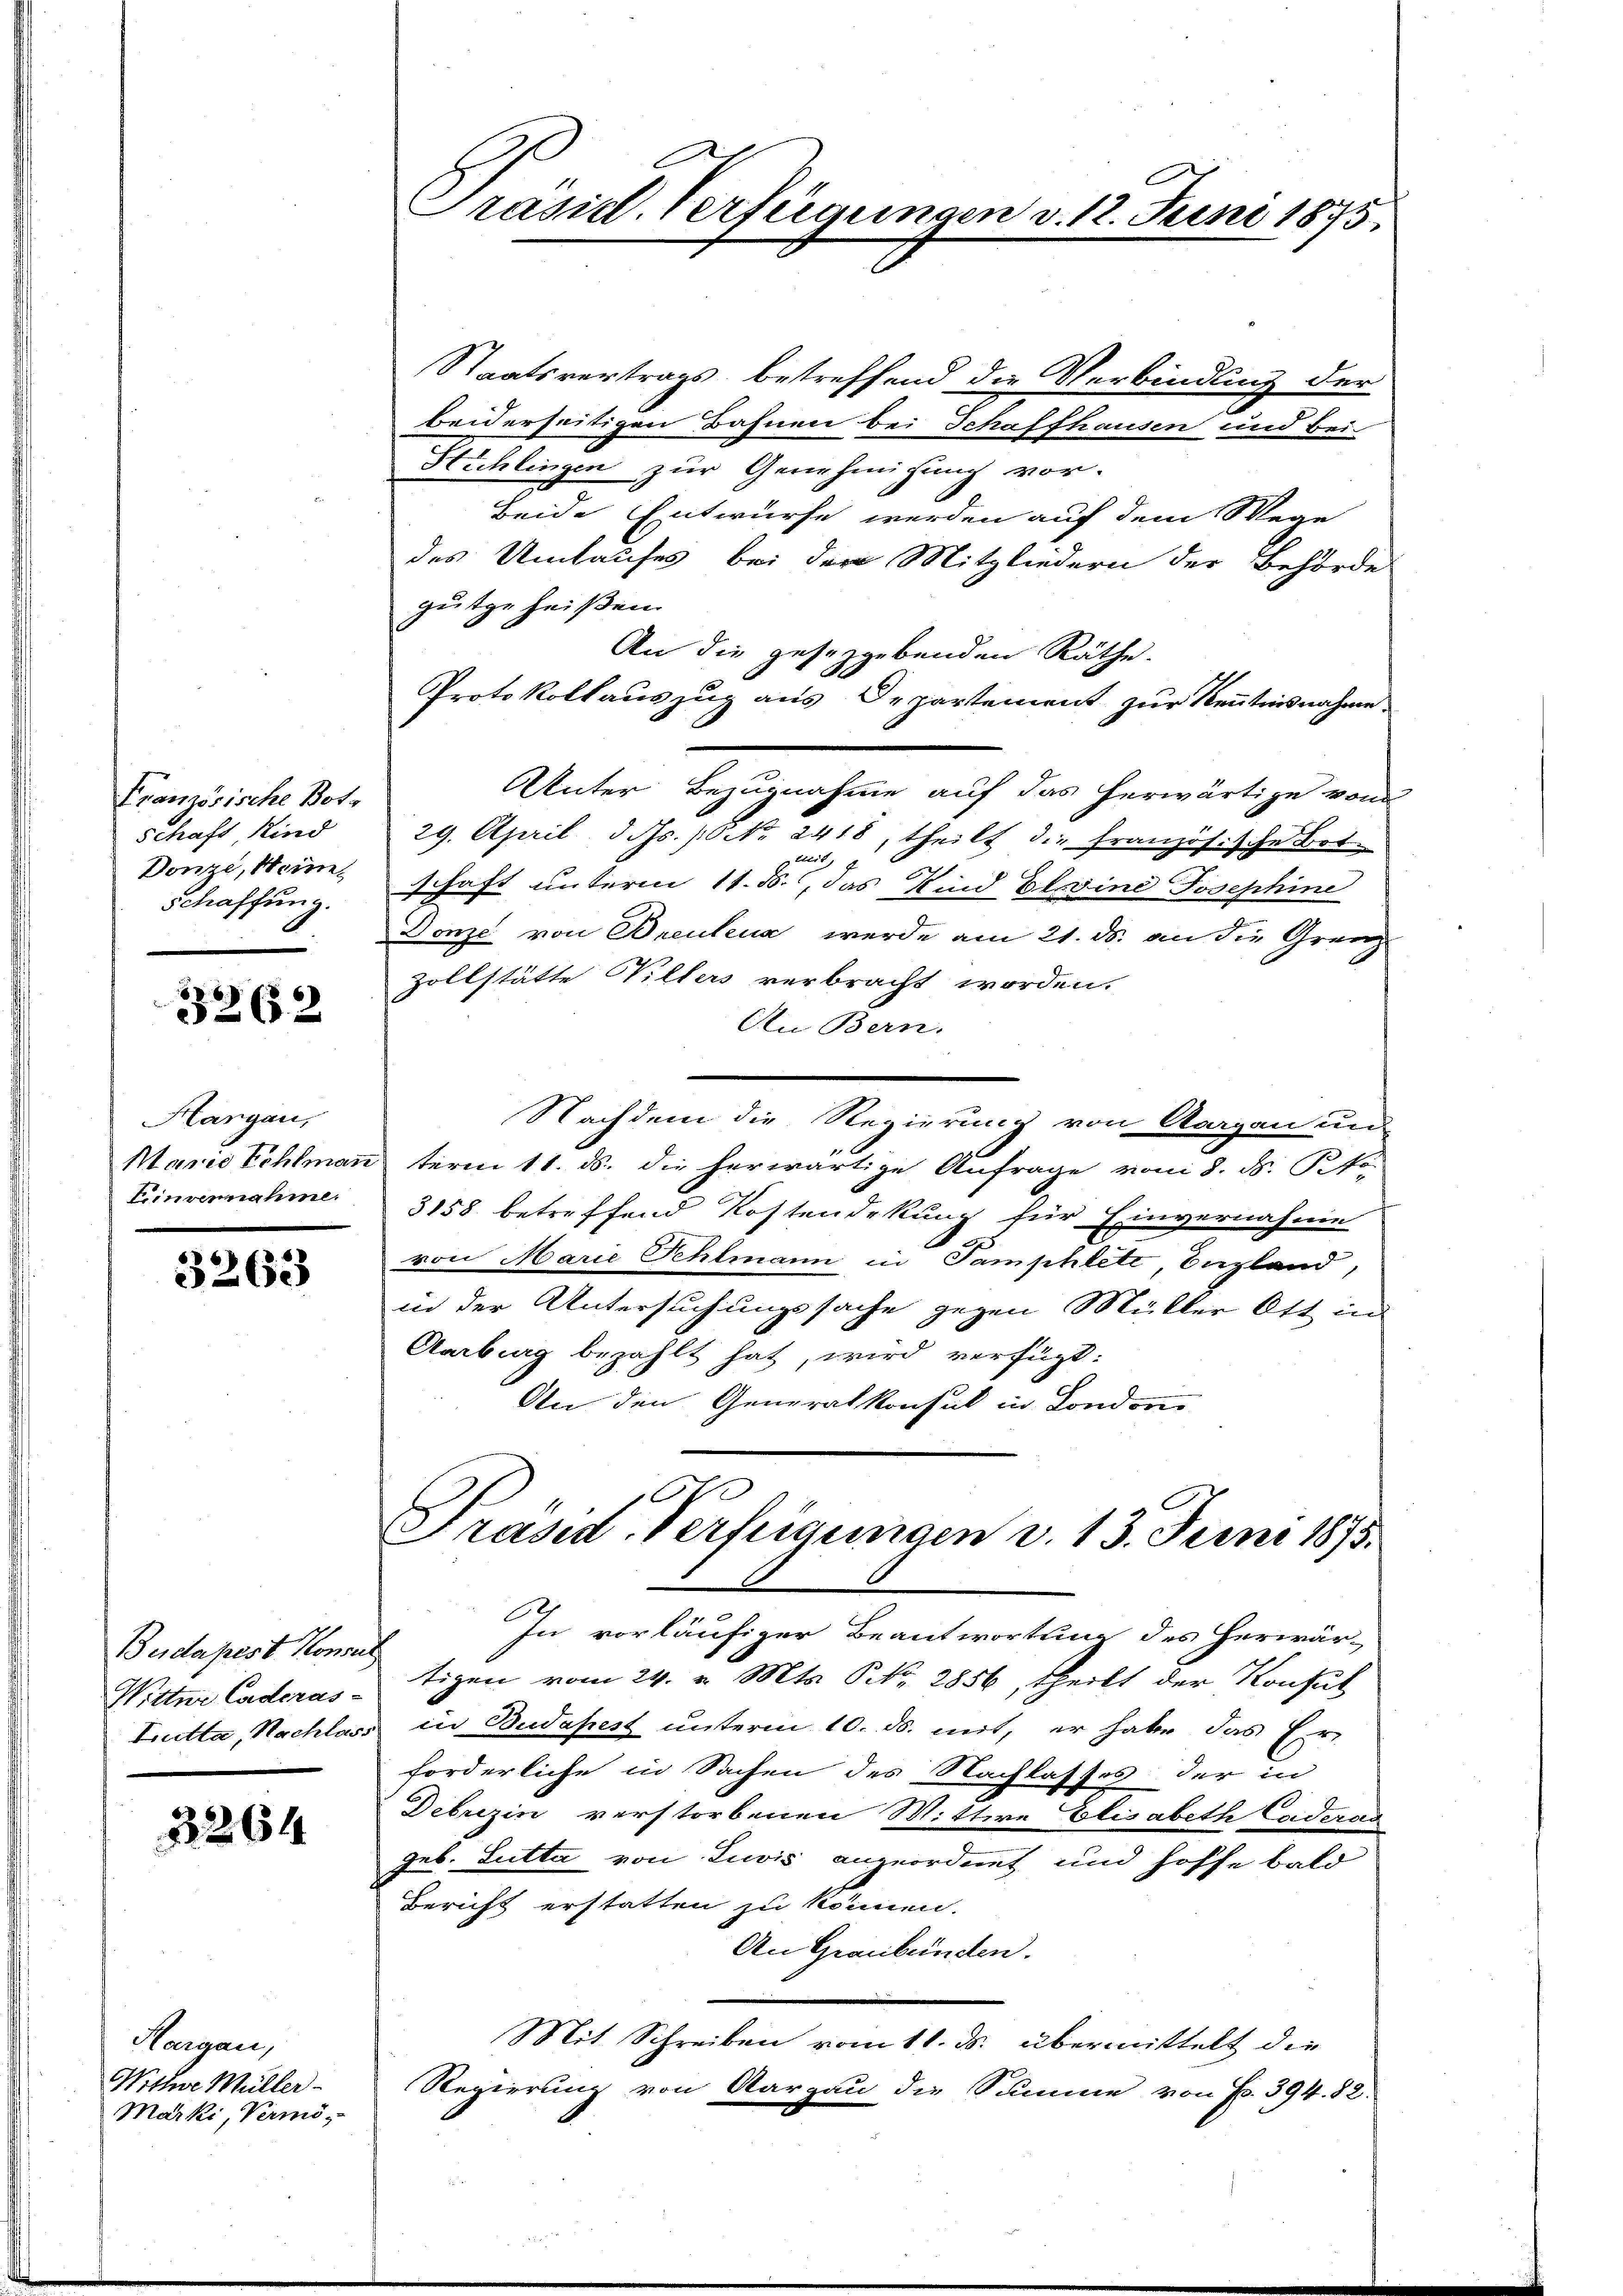
Französische Bote
schaft Kind
Donzi, Meine
Schaffung.

3262

Hargau,
Marie Zahlmann
Einvennahme.

3262

Budapest. Konsul
Wittwe Caderas

3264

Hargau,
Wittwe Müller
Marki, Vermö¬

Präsid. Verfügungen v. 12. Juni 1875.

Staatsvertrags, betreffend die Verbindung der
beiderseitigen Bahnen bei Schaffhausen und bei
Hichlingen zur Genehmigung vor-
beide Entwurfe werden auf dem Wege
des Umtaufes bei der Mitgliedern der Behörde
gutze heißen.
An die gesetzgebenden Räthe.
Protokollauszug aus Departement zur Kenntnisnahme
Unter Bezugnahme auf das herwärtige von
29. April d. Js. /0 No 2418, theilt die französ. sche Botschaft unterm 11. ds., das Kind Elsine Josephine
Donze von Breutena werde am 21. ds. an die Granz
Zollstätte Villers verbracht worden.
An Bern.
Nachdem die Regierung von Aargau und
dterm 11. ds. die herwärtige Anfrage von 8. d. Pkt.
3158 betreffend Kostendekung für Einvernahme
e
von Marie Sehlmann in Samphlete, Enzland,
in der Untersuchungssache gegen Müller Ott in
Aarburg bezahlt hat, wird verfügt:
An den Generalkonsul in London
.
Präsid. Verfügungen v. 13. Juni 1875.
In vorläufiger Beantwortung des Herwär-
tigen vom 24. v. Mts. S. 2856, theilt der Konsul
Trutta, Nachlass in Budapest unterm 10. ds. mit, er habe das Er-
forderliche in Sachen des Nachlasses der in
Debrizin verstorbenen Wittwe Elisabeth Cadans
Geb. Lutter von Zuvis angeordnet und hoffe bald
Bericht erstatten zu können.
An Graubünden.
Mit Schreiben vom 11. ds. übermittelt die
Regierung von Aargau die Summe von Fr. 394. 82.